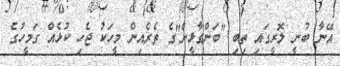
އޭނާ ބުނީ ލޮރީގައި ތިބި "ބަންގާޅީން"ގެ ތެރެއިން މީހަކު ޖެހި ކުޅެއް ގަމީހުގެ